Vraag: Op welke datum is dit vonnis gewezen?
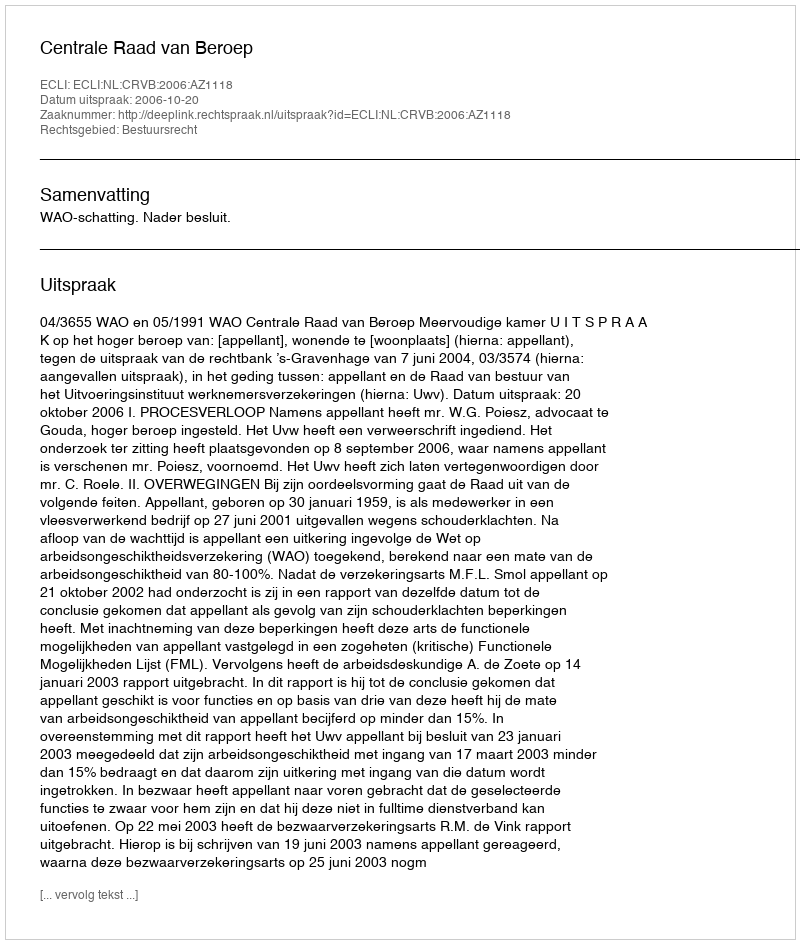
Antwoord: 2006-10-20